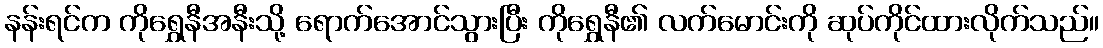
နန်းရင်က ကိုရွှေနီအနီးသို့ ရောက်အောင်သွားပြီး ကိုရွှေနီ၏ လက်မောင်းကို ဆုပ်ကိုင်ထားလိုက်သည်။